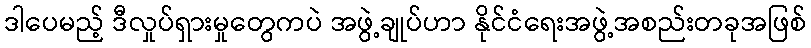
ဒါပေမည့် ဒီလှုပ်ရှားမှုတွေကပဲ အဖွဲ့ချုပ်ဟာ နိုင်ငံရေးအဖွဲ့အစည်းတခုအဖြစ်